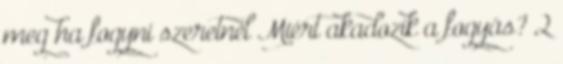
meg ha fogyni szeretnél Miért akadozik a fogyás? 2